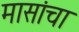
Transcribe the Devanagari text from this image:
मासांचा